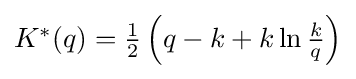
{\textstyle K^{*}(q)={\frac {1}{2}}\left(q-k+k\ln {\frac {k}{q}}\right)}